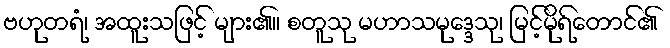
ဗဟုတရံ၊ အထူးသဖြင့် များ၏။ စတူသု မဟာသမုဒ္ဒေသု၊ မြင့်မိုရ်တောင်၏